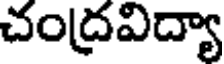
చంద్రవిద్యా